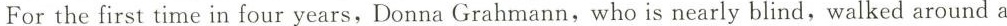
For the first time in four years, Donna Grahmann,who is nearly blind,walked around a